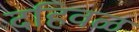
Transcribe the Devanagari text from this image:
दहिवळ